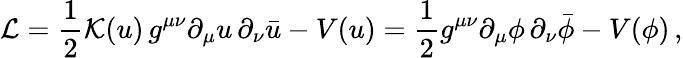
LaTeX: {\cal L}={\frac{1}{2}}{\cal K}(u)\, g^{\mu\nu}\partial_{\mu}u\, \partial_{\nu}\bar{u}-V(u)={\frac{1}{2}}g^{\mu\nu}\partial_{\mu}\phi\, \partial_{\nu}\bar{\phi}-V(\phi)\, ,